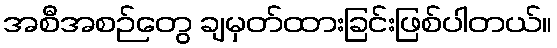
အစီအစဉ်တွေ ချမှတ်ထားခြင်းဖြစ်ပါတယ်။